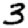
Digit: 3